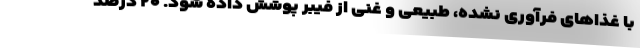
با غذاهای فرآوری نشده، طبیعی و غنی از فیبر پوشش داده شود. ۲۰ درصد